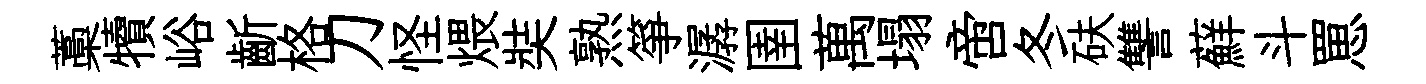
藁犢峪齗格刀怪煨奘熟箏潺圉萬塌啻冬砆讐蘚斗罳